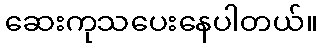
ဆေးကုသပေးနေပါတယ်။